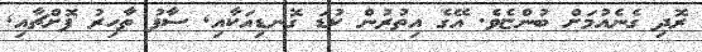
ރޮދި ގެނެއުމަށް ބުންޏެވެ. އޭގެ އިތުރުން ކުޑަ ގޮނޑިއަކާއި